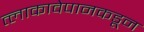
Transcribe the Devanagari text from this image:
त्लाकावेपानकडून